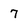
Character: 7